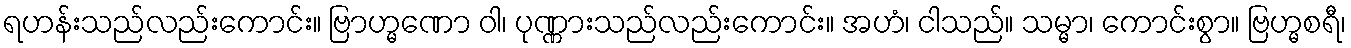
ရဟန်းသည်လည်းကောင်း။ ဗြာဟ္မဏော ဝါ၊ ပုဏ္ဏားသည်လည်းကောင်း။ အဟံ၊ ငါသည်။ သမ္မာ၊ ကောင်းစွာ။ ဗြဟ္မစရီ၊